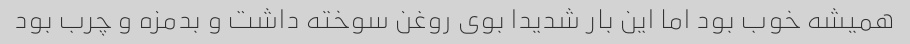
همیشه خوب بود اما این بار شدیدا بوی روغن سوخته داشت و بدمزه و چرب بود